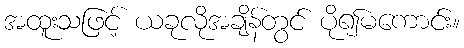
အထူးသဖြင့် ယခုလိုအချိန်တွင် ပို၍မကောင်း။